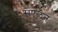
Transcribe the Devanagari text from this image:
संंएलन